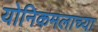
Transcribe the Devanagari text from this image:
योनिकमलाच्या